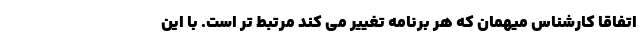
اتفاقا کارشناس میهمان که هر برنامه تغییر می کند مرتبط تر است. با این